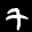
Label: 7